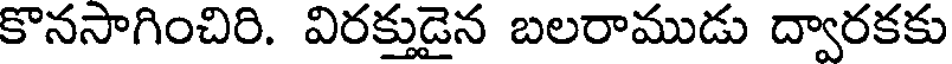
కొనసాగించిరి. విరక్తుడైన బలరాముడు ద్వారకకు